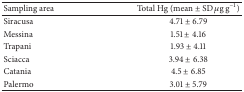
<table><thead><tr><td><b>Sampling area</b></td><td><b>Total Hg (mean ± SD <i>μ</i>g g<sup>−1</sup>)</b></td></tr></thead><tbody><tr><td>Siracusa</td><td>4.71 ± 6.79</td></tr><tr><td>Messina</td><td>1.51 ± 4.16</td></tr><tr><td>Trapani</td><td>1.93 ± 4.11</td></tr><tr><td>Sciacca</td><td>3.94 ± 6.38</td></tr><tr><td>Catania</td><td>4.5 ± 6.85</td></tr><tr><td>Palermo</td><td>3.01 ± 5.79</td></tr></tbody></table>